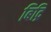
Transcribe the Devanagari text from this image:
बिद्रि